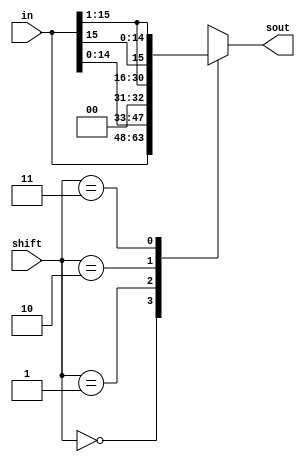
module shifter(in,shift,sout);
	input [15:0] in;
	input [1:0] shift;
	output [15:0] sout;
	// fill out the rest
	
	reg [15:0] sout;	//sout is used in always block
	
	always @(*) begin
		case (shift)
			2'b00 : sout = in;			//case 1 : output in
			2'b01 : sout = in << 1;		//case 2 : shift left by 1 bit
			2'b10 : sout = in >> 1;		//case 3 : shift right by 1 bit
			2'b11 : sout = {in[15],in[15:1]};	//case 4 : shift right by 1 bit, replace MSB with in[15]
			default : sout = 16'bxxxxxxxxxxxxxxxx;		//default : weirdness
		endcase
	end
	
endmodule